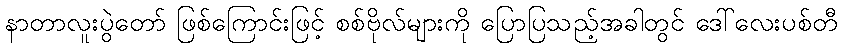
နာတာလူးပွဲတော် ဖြစ်ကြောင်းဖြင့် စစ်ဗိုလ်များကို ပြောပြသည့်အခါတွင် ဒေါ်လေးပစ်တီ